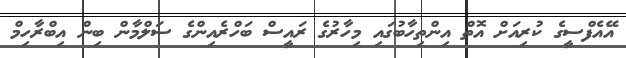
އޭއެފްސީގެ ކުރިއަށް އޮތް އިންތިހާބުގައި މިހާރުގެ ރައީސް ބަހްރެއިންގެ ސަލްމާން ބިން އިބްރާހިމް